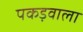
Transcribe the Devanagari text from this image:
पकड़वाला